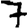
Digit: 7